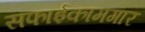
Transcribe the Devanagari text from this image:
सफाईकामगार